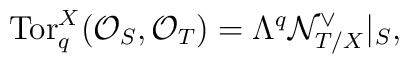
\mbox{Tor}_q^X({\cal O}_S, {\cal O}_T) = \Lambda^q {\cal N}_{T/X}^{\vee}|_S,